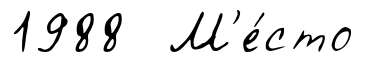
1988 М'е́сто